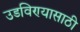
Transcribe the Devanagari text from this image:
उडविण्यासाठी